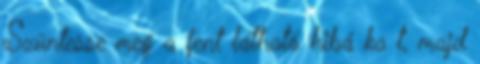
Szüntesse meg a fent látható hibá ka t, majd